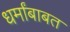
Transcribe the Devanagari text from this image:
धर्मांबाबत